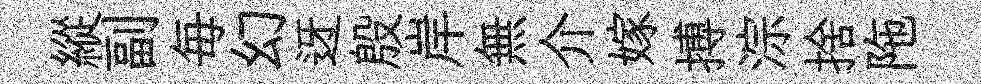
縱副毎幻迓殷岸無介嫁搏淙捨陁